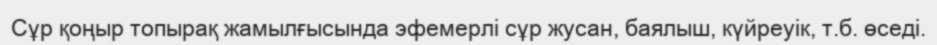
Сұр қоңыр топырақ жамылғысында эфемерлі сұр жусан, баялыш, күйреуік, т.б. өседі.